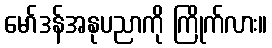
မော်ဒန်အနုပညာကို ကြိုက်လား။